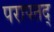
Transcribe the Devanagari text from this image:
परापतद्